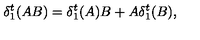
\delta _ { 1 } ^ { t } ( A B ) = \delta _ { 1 } ^ { t } ( A ) B + A \delta _ { 1 } ^ { t } ( B ) ,